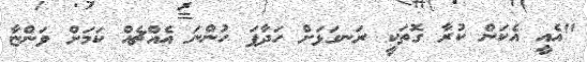
"އެއީ އެކަން ކުރާ ގޮތަކީ ރަނގަޅަށް ހަދާފަ ހުންނަ އެއްޗެއް ކަމަށް ވަންޏާ